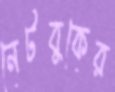
নেটবুকের